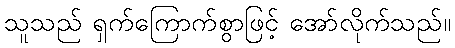
သူသည် ရှက်ကြောက်စွာဖြင့် အော်လိုက်သည်။